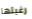
رغبتها